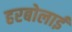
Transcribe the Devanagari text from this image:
हरबोलाई